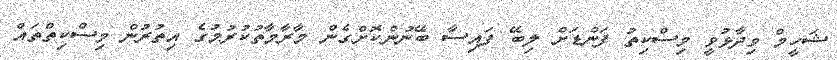
ޝަހީމް ވިދާޅުވީ މިސްކިތު ފަންޑަށް ލިބޭ ފައިސާ ބޭނުންކޮށްގެން މާރާމާތުކުރުމުގެ އިތުރުން މިސްކިތްތައް